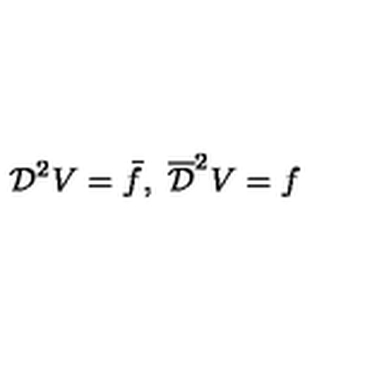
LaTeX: { \cal D } ^ { 2 } V = \bar { f } , \ \overline { { \cal D } } ^ { 2 } V = f